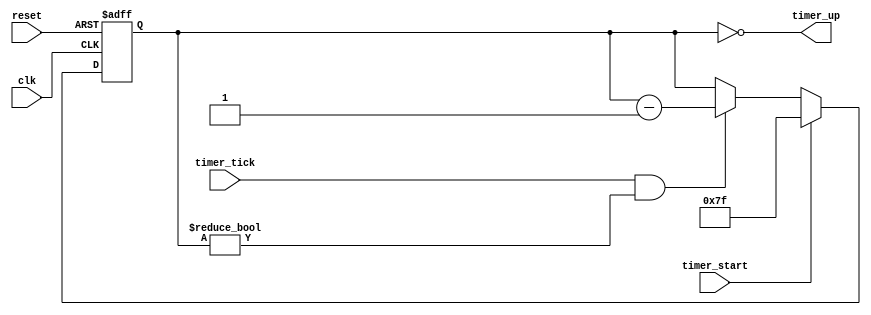
`timescale 1ns / 1ps
//////////////////////////////////////////////////////////////////////////////////
// Company: 
// Engineer: 
// 
// Design Name: 
// Module Name: timer
// Project Name: 
// Target Devices: 
// Tool Versions: 
// Description: 
// 
// Dependencies: 
// 
// Revision:
// Revision 0.01 - File Created
// Additional Comments:
// 
//////////////////////////////////////////////////////////////////////////////////


module timer(
    input clk,
    input reset,
    input timer_start, timer_tick,
    output timer_up
    );
    
    // signal declaration
    reg [6:0] timer_reg, timer_next;
    
    // register control
    always @(posedge clk or posedge reset)
        if(reset)
            timer_reg <= 7'b1111111;
        else
            timer_reg <= timer_next;
    
    // next state logic
    always @*
        if(timer_start)
            timer_next = 7'b1111111;
        else if((timer_tick) && (timer_reg != 0))
            timer_next = timer_reg - 1;
        else
            timer_next = timer_reg;
            
    // output
    assign timer_up = (timer_reg == 0);
    
endmodule